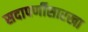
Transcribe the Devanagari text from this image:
सदापर्णीसारखा